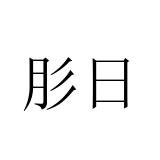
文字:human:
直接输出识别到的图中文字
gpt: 肜日